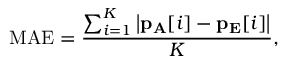
\mathrm { M A E } = \frac { \sum _ { i = 1 } ^ { K } \left| \mathbf { p _ { A } } [ i ] - \mathbf { p _ { E } } [ i ] \right| } { K } ,